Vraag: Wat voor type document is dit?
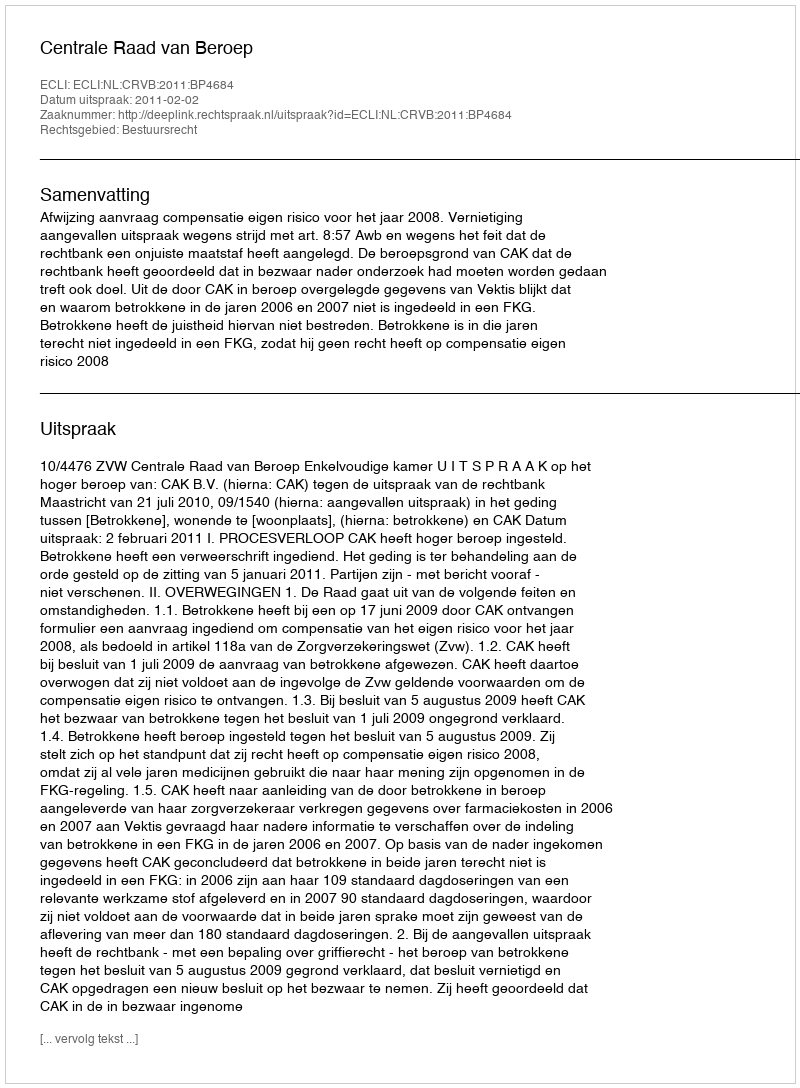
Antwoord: Uitspraak